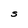
Character: S